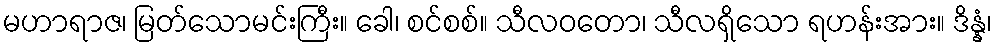
မဟာရာဇ၊ မြတ်သောမင်းကြီး။ ခေါ၊ စင်စစ်။ သီလဝတော၊ သီလရှိသော ရဟန်းအား။ ဒိန္နံ၊